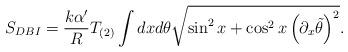
LaTeX: \begin{align*}S_{DBI} = \frac{k\alpha^\prime}{R} T_{(2)}\int dx d\theta \sqrt{\sin^2 x + \cos^2 x \left( \partial_x \tilde{\theta}\right)^2} .\end{align*}